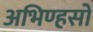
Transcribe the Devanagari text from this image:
अभिण्हसो